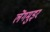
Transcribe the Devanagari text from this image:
लेंगमुइर